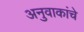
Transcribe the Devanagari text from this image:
अनुवाकांचे